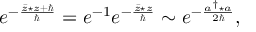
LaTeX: e ^ { - \frac { \bar { z } \star z + \hbar } { \hbar } } = e ^ { - 1 } e ^ { - \frac { \bar { z } \star z } { \hbar } } \sim e ^ { - \frac { a ^ { \dagger } \star a } { 2 \hbar } } ,